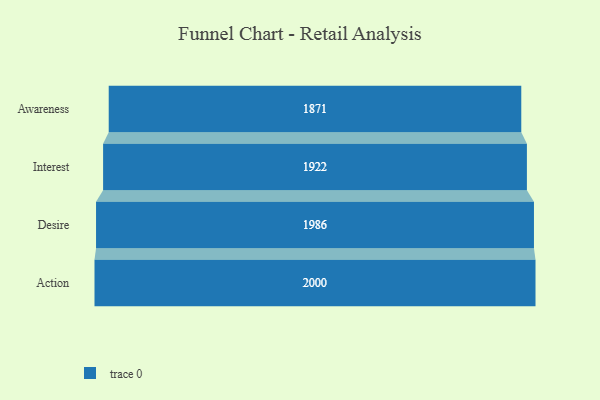
{"axis": {"x": "Stage", "y": "Value"}, "legend": [""], "data": [{"x": "Awareness", "y": 1871.0, "type": ""}, {"x": "Interest", "y": 1922.0, "type": ""}, {"x": "Desire", "y": 1986.0, "type": ""}, {"x": "Action", "y": 2000, "type": ""}]}